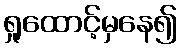
ရှုထောင့်မှနေ၍